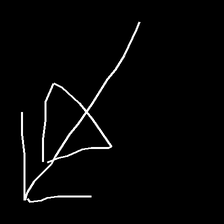
Glyph: pull